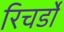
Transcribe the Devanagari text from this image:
रिचर्डो